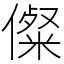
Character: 儏